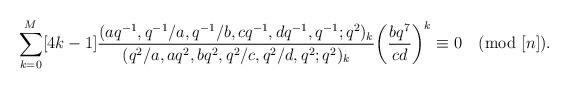
LaTeX: \begin{align*}\sum_{k=0}^{M}[4k-1]\frac{(aq^{-1},q^{-1}/a,q^{-1}/b,cq^{-1},dq^{-1},q^{-1};q^2)_k}{(q^2/a,aq^2,bq^2,q^2/c,q^2/d,q^2;q^2)_k}\bigg(\frac{bq^7}{cd}\bigg)^k\equiv0\pmod{[n]}.\end{align*}